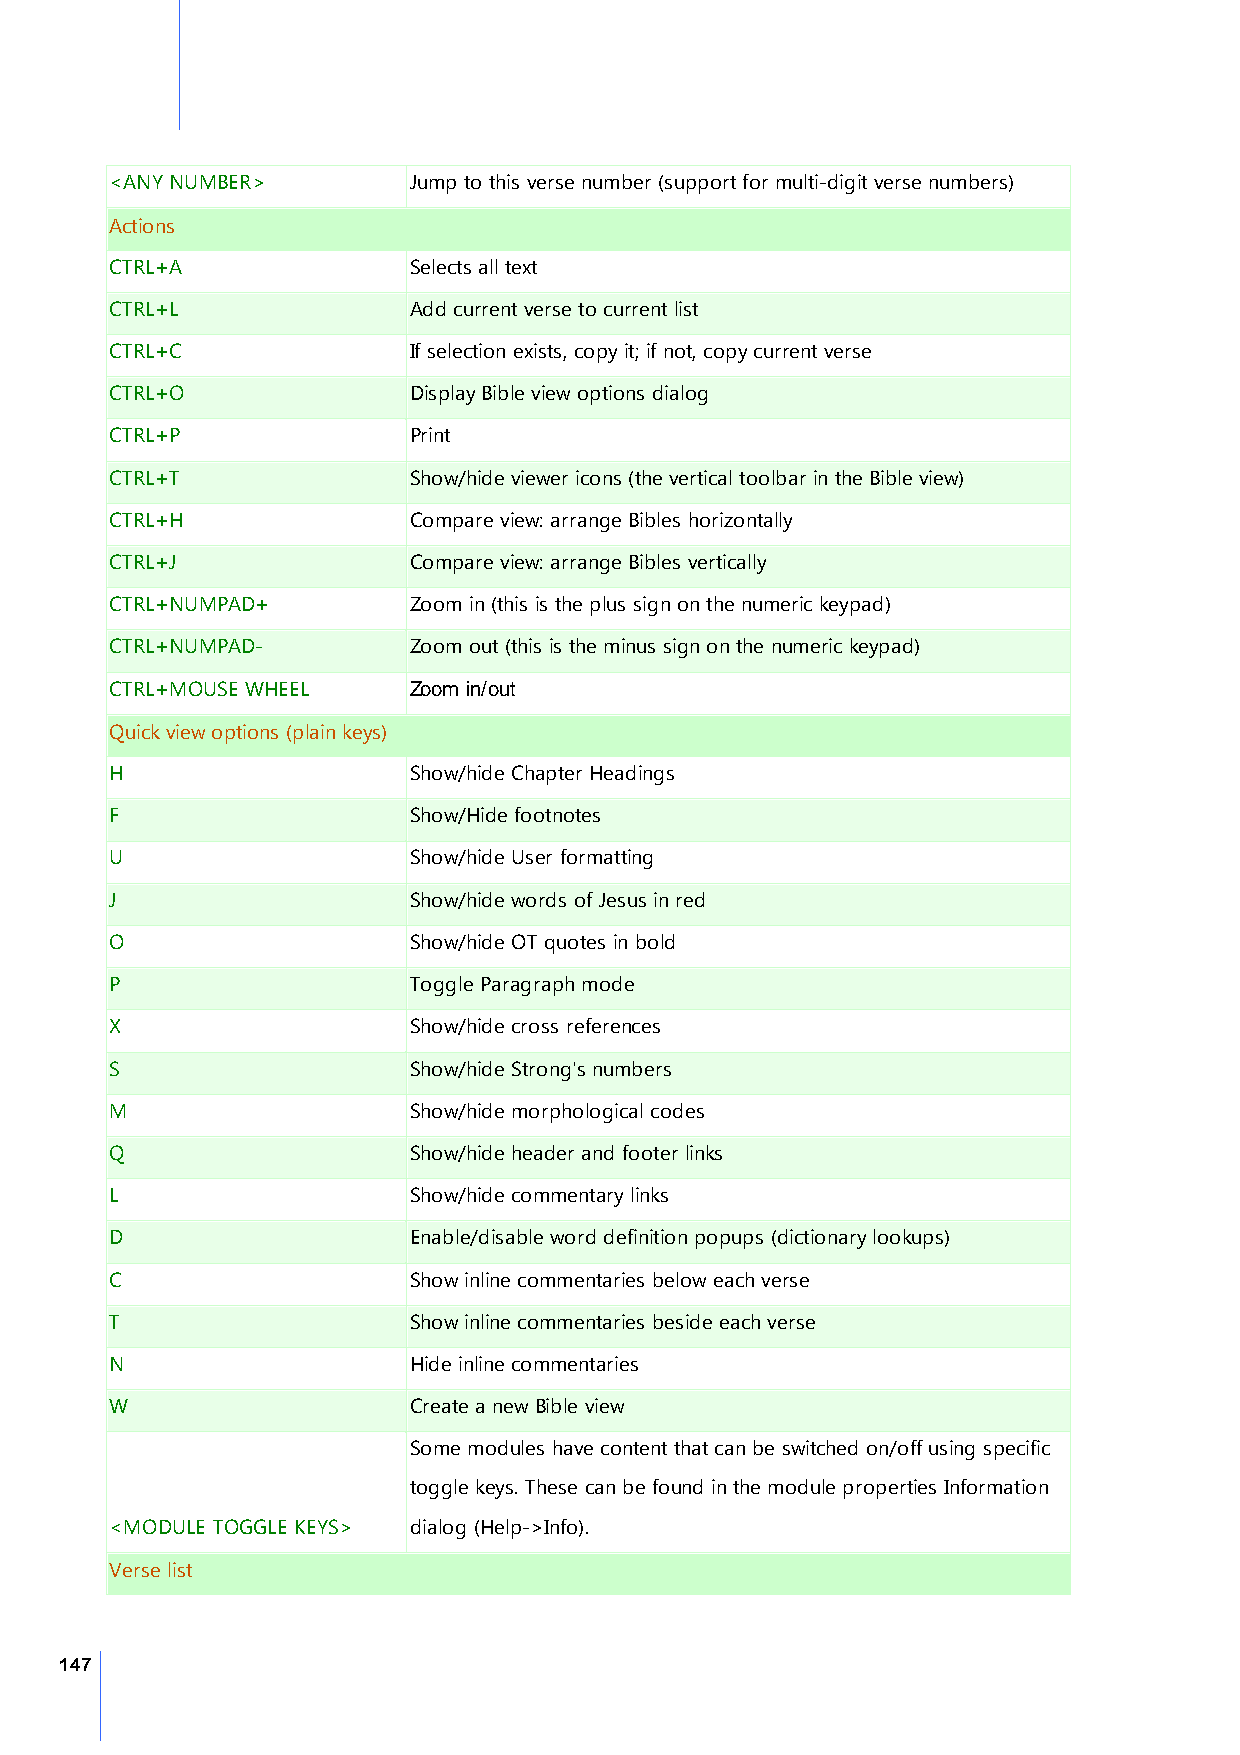
<ANY NUMBER>        Jump to this verse number (support for multi-digit verse numbers)
 Actions
 CTRL+A              Selects all text
 CTRL+L              Add current verse to current list
 CTRL+C              If selection exists, copy it; if not, copy current verse
 CTRL+O              Display Bible view options dialog
 CTRL+P              Print
 CTRL+T              Show/hide viewer icons (the vertical toolbar in the Bible view)
 CTRL+H              Compare view: arrange Bibles horizontally
 CTRL+J              Compare view: arrange Bibles vertically
 CTRL+NUMPAD+        Zoom in (this is the plus sign on the numeric keypad)
 CTRL+NUMPAD-        Zoom out (this is the minus sign on the numeric keypad)
 CTRL+MOUSE WHEEL    Zoom in/out
 Quick view options (plain keys)
 H                   Show/hide Chapter Headings
 F                   Show/Hide footnotes
 U                   Show/hide User formatting
 J                   Show/hide words of Jesus in red
 O                   Show/hide OT quotes in bold
 P                   Toggle Paragraph mode
 X                   Show/hide cross references
 S                   Show/hide Strong's numbers
 M                   Show/hide morphological codes
 Q                   Show/hide header and footer links
 L                   Show/hide commentary links
 D                   Enable/disable word definition popups (dictionary lookups)
 C                   Show inline commentaries below each verse
 T                   Show inline commentaries beside each verse
 N                   Hide inline commentaries
 W                   Create a new Bible view
 Some modules have content that can be switched on/off using specific
 toggle keys. These can be found in the module properties Information
 <MODULE TOGGLE KEYS> dialog (Help->Info).
 Verse list
 147